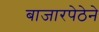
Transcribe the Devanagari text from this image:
बाजारपेठेने